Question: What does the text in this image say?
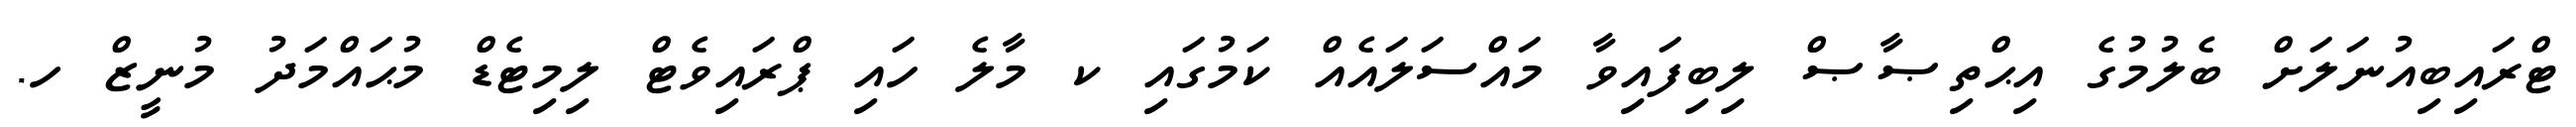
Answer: ޓްރައިބިއުނަލަށް ބެލުމުގެ އިޙްތިޞާޞް ލިބިފައިވާ މައްސަލައެއް ކަމުގައި ކ މާލެ ހައި ޕްރައިވެޓް ލިމިޓެޑް މުޙައްމަދު މުނީޒް ހ.